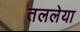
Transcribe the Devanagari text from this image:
तललेया